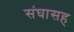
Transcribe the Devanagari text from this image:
संघासह